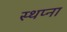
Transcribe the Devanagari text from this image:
स्थप्ना